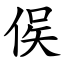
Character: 㑨